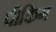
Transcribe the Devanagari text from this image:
पीकिग